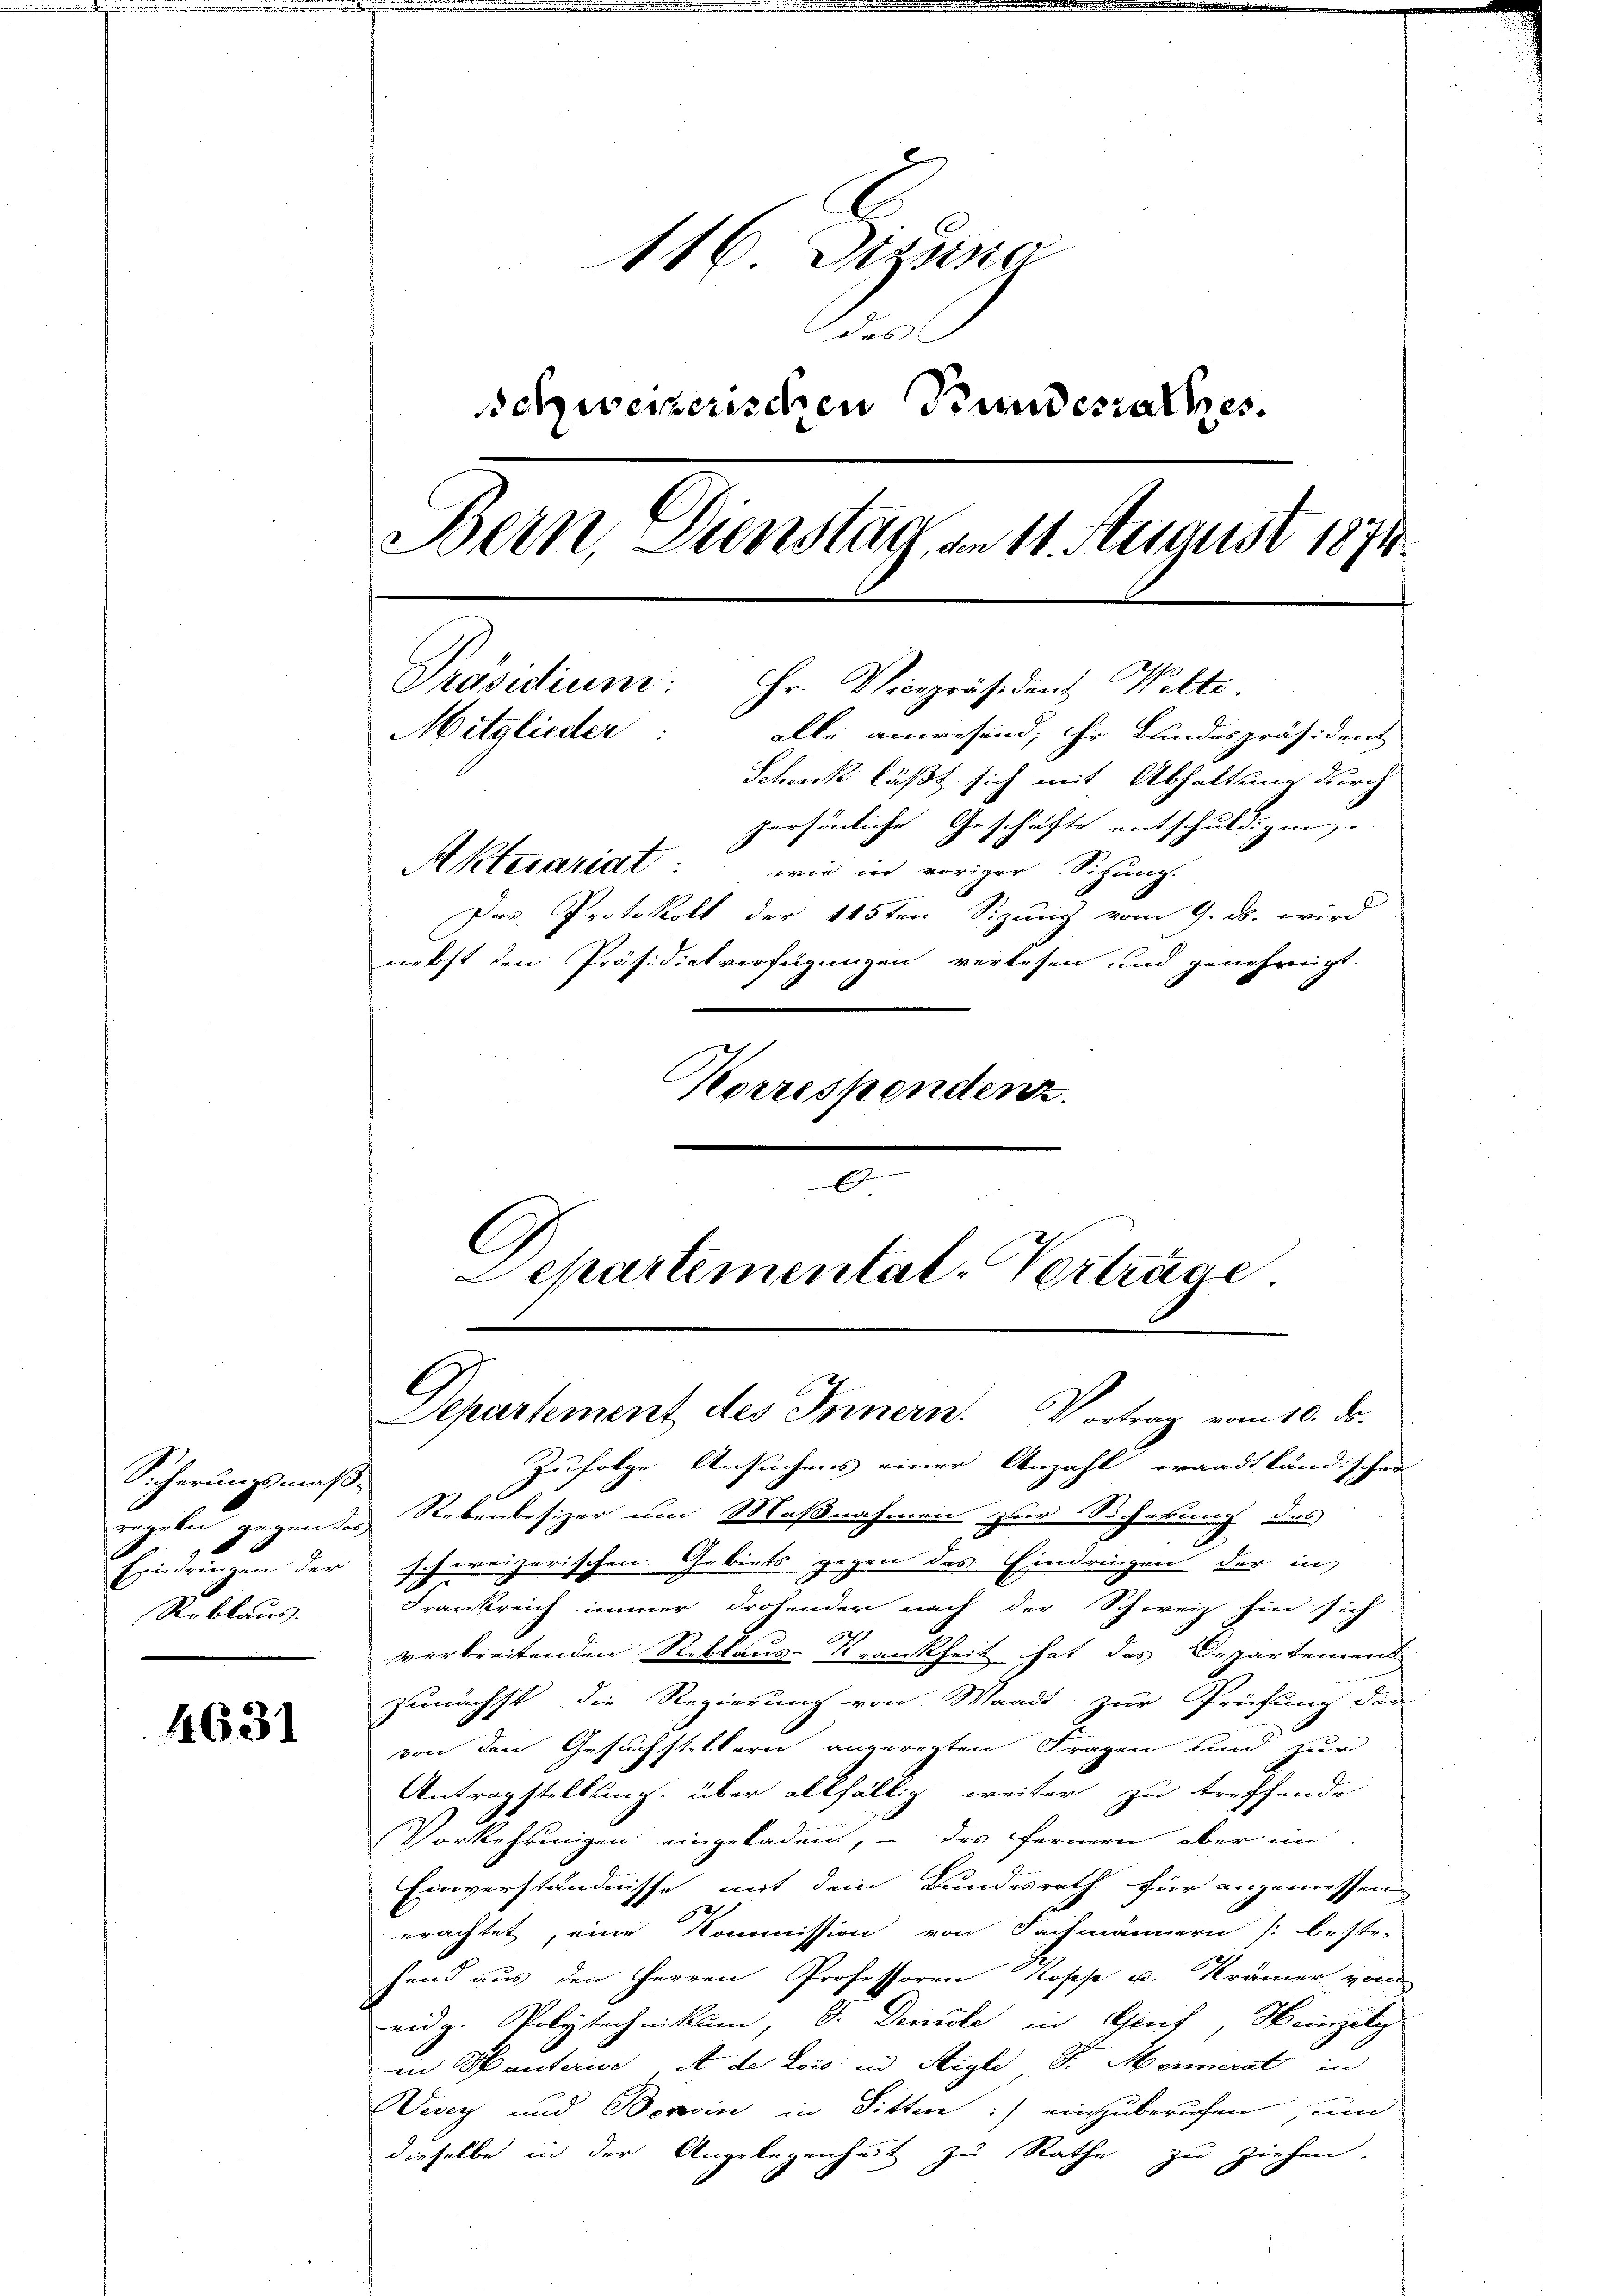
Sicherungsmäß¬
9
Eindrungen der schweizeri
Reblaus.

4631

116 dizina
das
schweizerischen Fundesrathes.
Bern, Dienstag, am 11. August 1874
Präsidium. Hr. Vicepräsident Welte
Mitglieder:
alle anwesend, ihr Bundespräsident
Scheck läßt sich mit Abhaltung durch
persönliche Geschäfte entschuldigen
Aktecariat: wie in voriger Sichung.
Das Protokoll der 115ten Sizung vom 9. ds. wird
nebst den Präsidietverfügungen verlesen und genehmigt.
Korrespendenz

e

C
Separtemental-Verträge
Departement des Innern. Vortrag vom 10. ds.

Zufolge Ansuchens einer Anzahl waadtländischer
gegeben gegendes Rebenbesizer um Maßnahmen zur Sicherung des
schen. Gebiets gegen das Eindringen der in
Frankreich immer drohender nach der Schweiz hin sich
verbreitenden Reblaus-Krankheit hat das Departemens
zunächst die Regierung von Waadt, zur Prüfung der
von den Gesuchstellern angeregten Fragen und zur
Antragstellung über allfällig weiter zu treffende
Vorkehrungen eingeladen, – das fernern aber im
Einverständnisse mit dem Bundesrath für angemessen
10
erachtet, eine Kommission von Fachmännern beste-
hend aus den Herren Professoren Kopp u. Krämer vom
eidg. Polytechnikum, S. Denile in Genf, Heinzel
in Spaunteris A de Lois in Aigle Sr. Menerat in
Vevey und Bonin in Sitten :/ einzuberufen, um
dieselbe in der Angelegenheit zu Rathe zu ziehen.